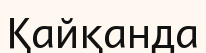
Қайқанда